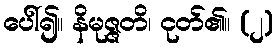
ပေါ်၍။ နိမုဇ္ဇတိ၊ ငုတ်၏။ (၂)